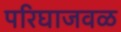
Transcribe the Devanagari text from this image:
परिघाजवळ